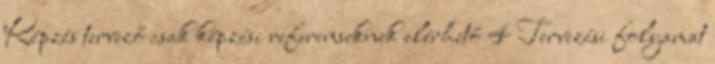
Képzés tervező csak képzési referenseknek elérhető 4 Tervezési folyamat